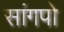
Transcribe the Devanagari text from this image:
सांगपो